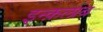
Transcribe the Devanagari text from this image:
इन्क़लाब